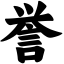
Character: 誉